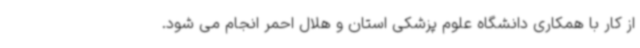
از کار با همکاری دانشگاه علوم پزشکی استان و هلال احمر انجام می شود.